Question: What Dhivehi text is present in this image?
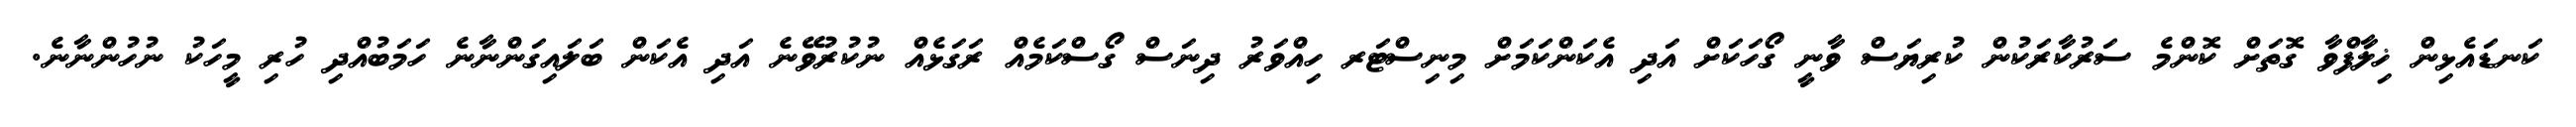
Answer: ކަނޑައެޅިން ޚިލާފްވާ ގޮތަށް ކޮންމެ ސަރުކާރަކުން ކުރިޔަސް ވާނީ ގޯހަކަށް އަދި އެކަންކަމަށް މިނިސްޓަރ ހިއްވަރު ދިނަސް ގޯސްކަމެއް ރަގަޅެއް ނުކުރުވޭނެ އަދި އެކަން ބަލައިގަންނާނެ ހަމަބުއްދި ހުރި މީހަކު ނުހުންނާނެ.